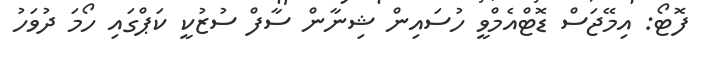
ފޮޓޯ: އިމޭޖަސް ޑޮޓްއެމްވީ ހުސައިން ޝިނާން ސާފް ސުޒުކީ ކަޕްގައި ހޯމަ ދުވަހު